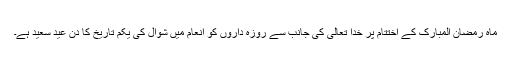
ماہ رمضان المبارک کے اختتام پر خدا تعالیٰ کی جانب سے روزہ داروں کو انعام میں شوال کی یکم تاریخ کا دن عید سعید ہے۔